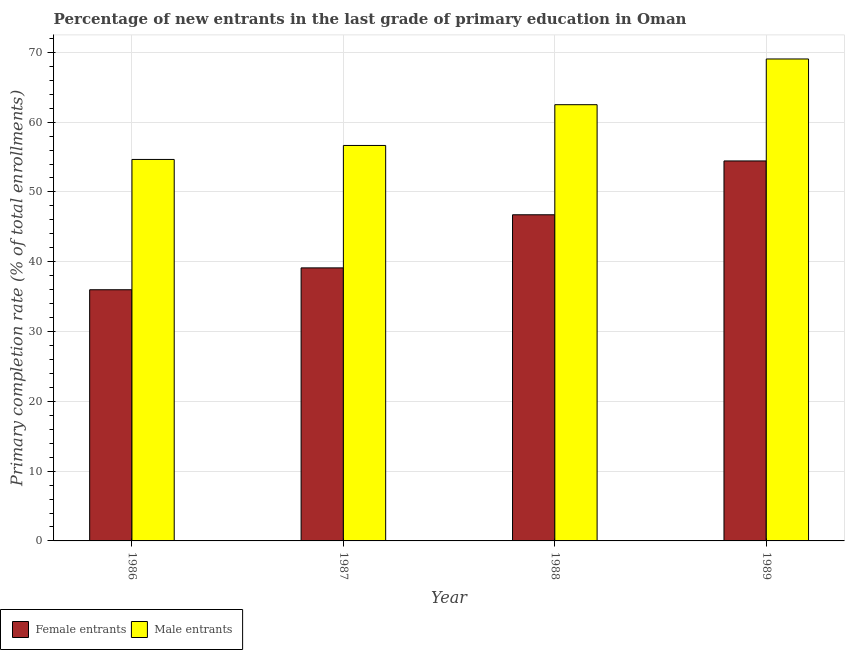
| Year | Female entrants | Male entrants |
 | --- | --- | --- |
 | 1986 | 36 | 54.7 |
 | 1987 | 39.1 | 56.7 |
 | 1988 | 46.7 | 62.5 |
 | 1989 | 54.4 | 69 |